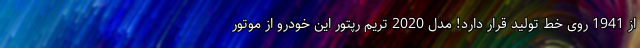
از 1941 روی خط تولید قرار دارد! مدل 2020 تریم رپتور این خودرو از موتور